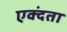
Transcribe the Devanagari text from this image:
एक्दंता